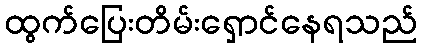
ထွက်ပြေးတိမ်းရှောင်နေရသည်